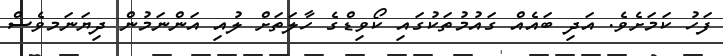
ފަހު ކަމަށެވެ. އަދި ބައެއް ގައުމުތަކުގައި ކޯވިޑްގެ ހާލަތަށް ލުއި އަންނަމުން ދިޔަނަމވެސް